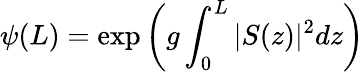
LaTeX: \psi(L)=\exp\left(g\int_{0}^{L}\vert S(z)\vert^{2}dz\right)